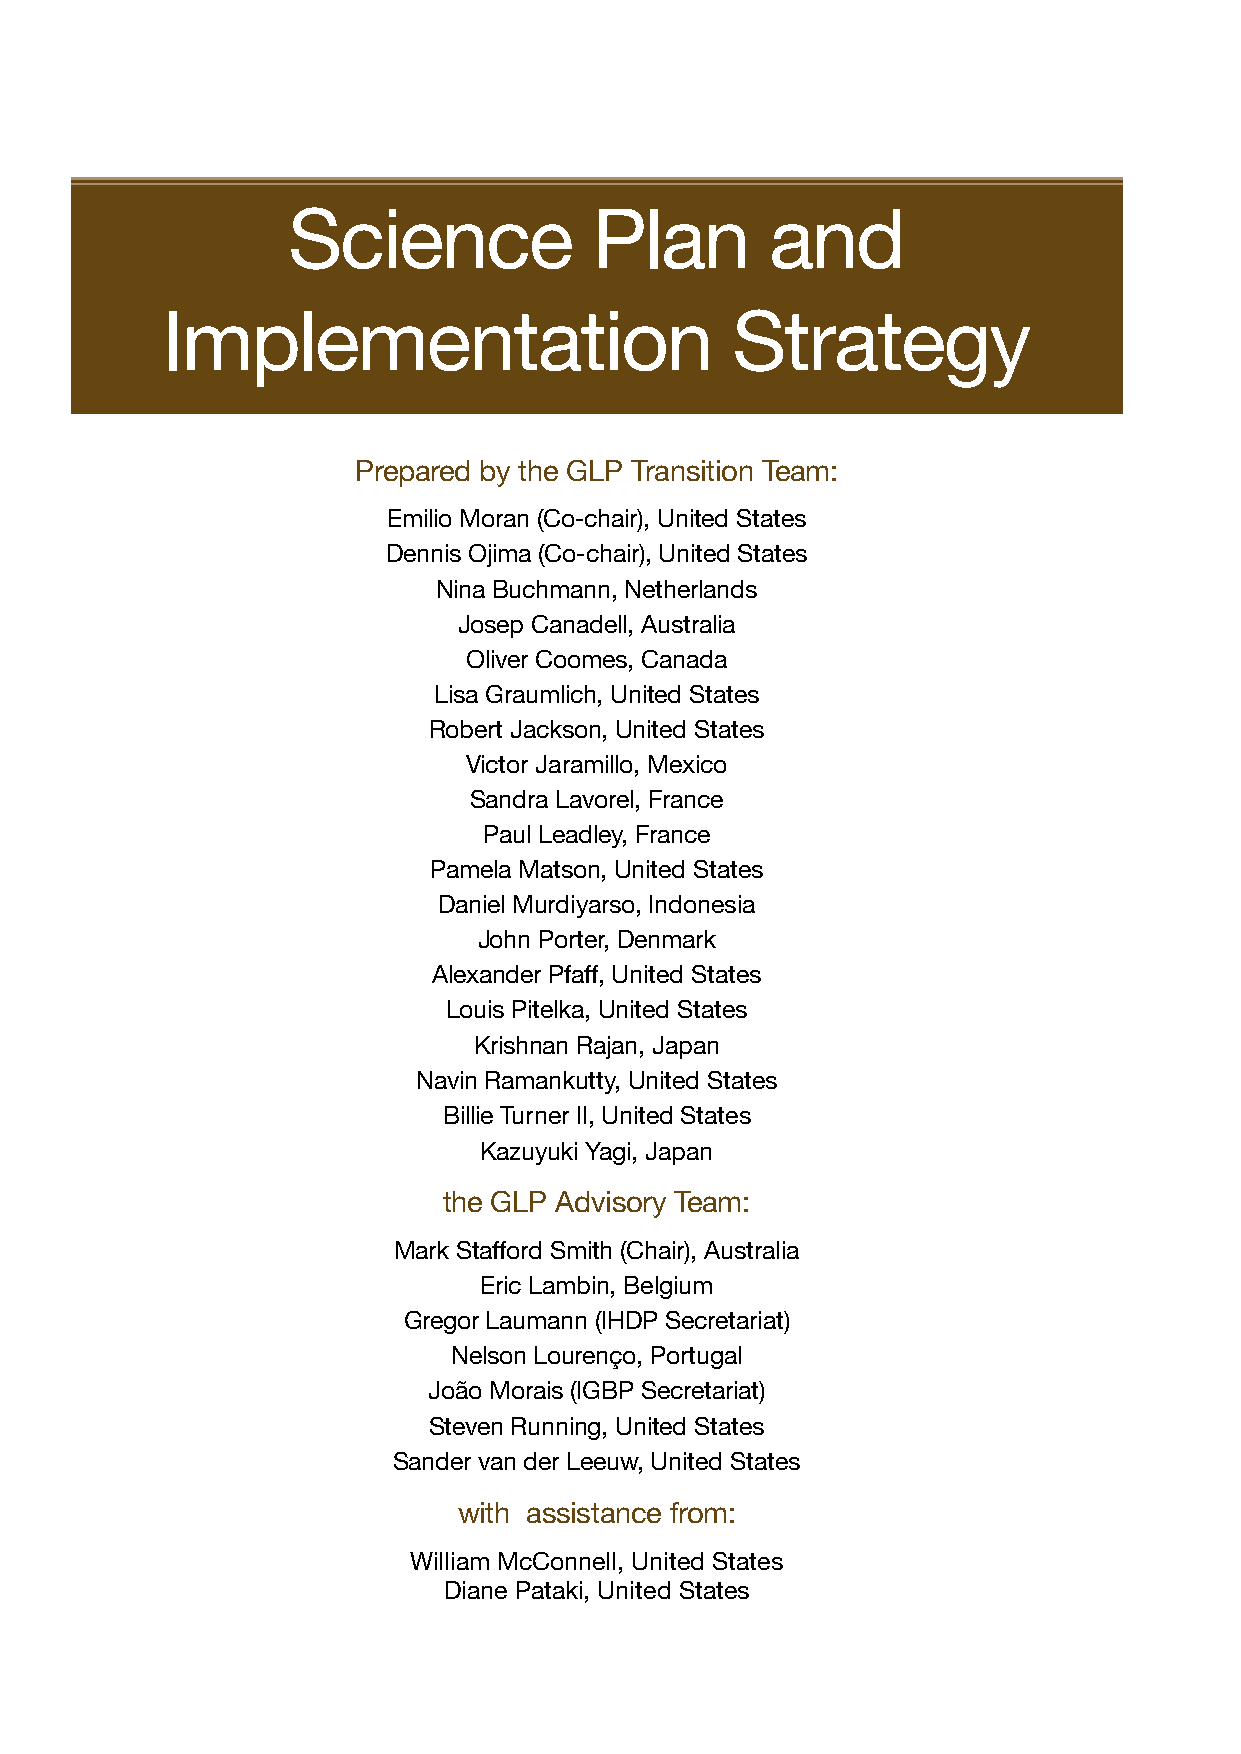
Science             Plan        and
 Implementation                       Strategy
 Prepared by the GLP Transition Team:
 Emilio Moran (Co-chair), United States
 Dennis Ojima (Co-chair), United States
 Nina Buchmann, Netherlands
 Josep Canadell, Australia
 Oliver Coomes, Canada
 Lisa Graumlich, United States
 Robert Jackson, United States
 Victor Jaramillo, Mexico
 Sandra Lavorel, France
 Paul Leadley, France
 Pamela Matson, United States
 Daniel Murdiyarso, Indonesia
 John Porter, Denmark
 Alexander Pfaff, United States
 Louis Pitelka, United States
 Krishnan Rajan, Japan
 Navin Ramankutty, United States
 Billie Turner II, United States
 Kazuyuki Yagi, Japan
 the GLP Advisory Team:
 Mark Stafford Smith (Chair), Australia
 Eric Lambin, Belgium
 Gregor Laumann (IHDP Secretariat)
 Nelson Lourenço, Portugal
 João Morais (IGBP Secretariat)
 Steven Running, United States
 Sander van der Leeuw, United States
 with assistance from:
 William McConnell, United States
 Diane Pataki, United States